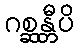
ဂစ္ဆန္တီပိ